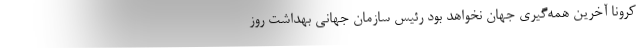
کرونا آخرین همه‌گیری جهان نخواهد بود رئیس سازمان جهانی بهداشت روز